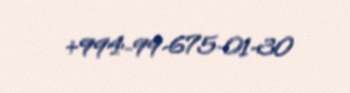
+994-99-675-01-30